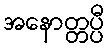
အနောတ္တပ္ပီ